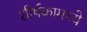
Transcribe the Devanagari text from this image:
शीर्षकामध्ये